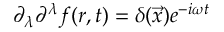
\partial _ { \lambda } \partial ^ { \lambda } f ( r , t ) = \delta ( \vec { x } ) e ^ { - i \omega t }